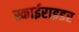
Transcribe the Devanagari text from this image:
स्काईराइडर